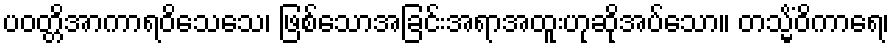
ပဝတ္တိအာကာရဝိသေသေ၊ ဖြစ်သောအခြင်းအရာအထူးဟုဆိုအပ်သော။ တသ္မိံဝိကာရေ၊